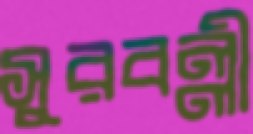
সুরবল্লী